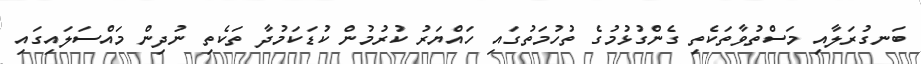
ބަނގުރަލާއި މަސްތުވާތަކެތި ގެންގުޅުމުގެ ތުހުމަތުގައި ހައްޔަރު ކުރުމުން ކުޑަކަމުދާ ތަކެތި ނުދިން މައްސަލައިގައި